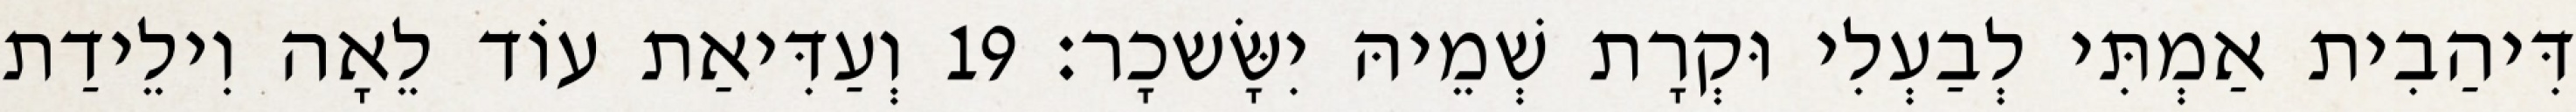
דִּיהַבִית אַמְתִּי לְבַעְלִי וּקְרָת שְׁמֵיהּ יִשָּׂשכָר׃ 19 וְעַדִּיאַת עוֹד לֵאָה וִילֵידַת